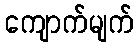
ကျောက်မျက်